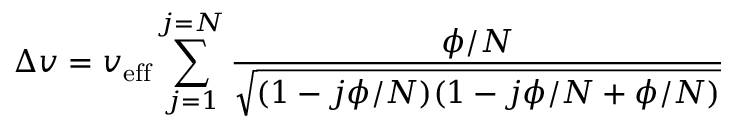
\Delta v = v _ { \mathrm { { e f f } } } \sum _ { j = 1 } ^ { j = N } { \frac { \phi / N } { \sqrt { ( 1 - j \phi / N ) ( 1 - j \phi / N + \phi / N ) } } }